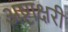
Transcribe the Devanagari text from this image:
अष्टाक्षरी